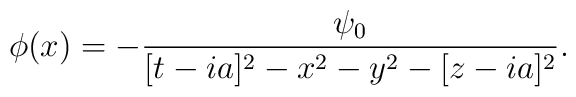
\phi(x) = - {\psi_0\over[t-ia]^2 - x^2-y^2-[z-ia]^2}.